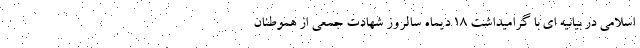
اسلامی در بیانیه ای با گرامیداشت ۱۸ دیماه سالروز شهادت جمعی از هموطنان